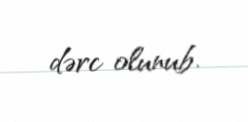
dərc olunub.